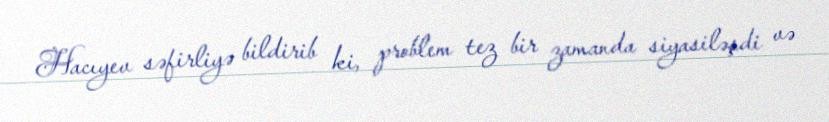
Hacıyev səfirliyə bildirib ki, problem tez bir zamanda siyasiləşdi və